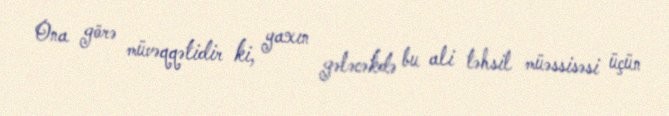
Ona görə müvəqqətidir ki, yaxın gələcəkdə bu ali təhsil müəssisəsi üçün